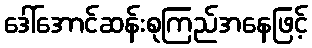
ဒေါ်အောင်ဆန်းစုကြည်အနေဖြင့်